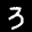
Label: 3